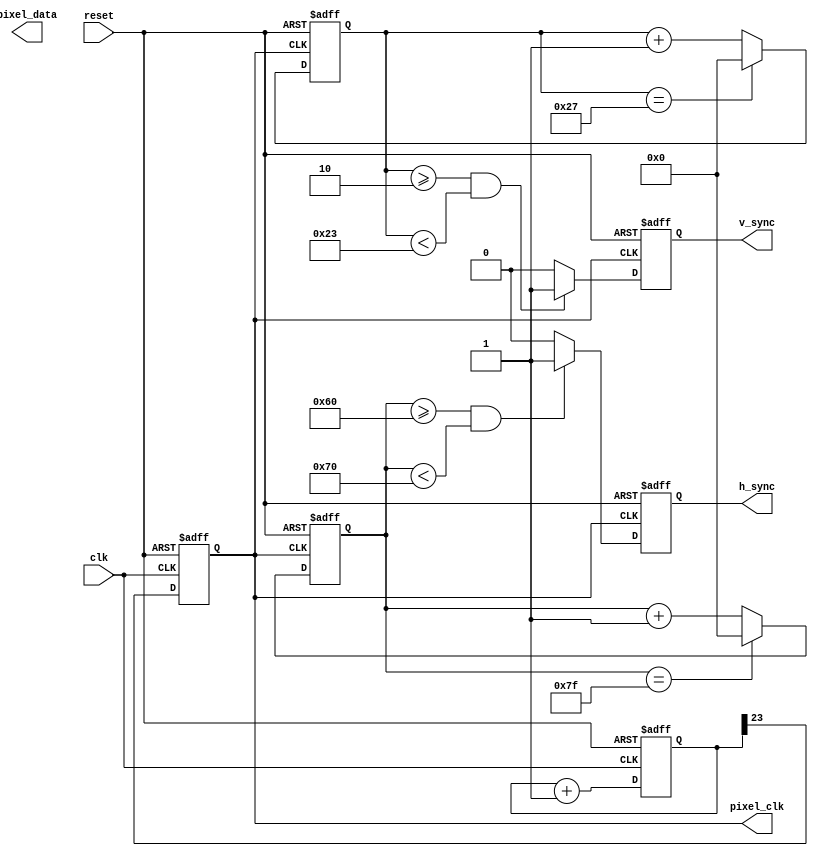
module vga_controller(
    input wire clk,        // 50 MHz clock
    input wire reset,      // Reset signal

    output wire h_sync,    // Horizontal sync signal
    output wire v_sync,    // Vertical sync signal
    output wire pixel_clk, // Pixel clock signal

    output wire [7:0] pixel_data // 8-bit pixel data for display
);

// Pixel clock generation
reg [23:0] pixel_counter;
always @(posedge clk or posedge reset) begin
    if (reset) begin
        pixel_counter <= 0;
        pixel_clk <= 0;
    end else begin
        pixel_counter <= pixel_counter + 1;
        pixel_clk <= pixel_counter[23];
    end
end

// Horizontal sync generation
reg [10:0] h_sync_counter;
always @(posedge pixel_clk or posedge reset) begin
    if (reset) begin
        h_sync_counter <= 0;
        h_sync <= 0;
    end else begin
        if (h_sync_counter >= 96 && h_sync_counter < 112) begin
            h_sync <= 1;
        end else begin
            h_sync <= 0;
        end
        
        if (h_sync_counter == 127) begin
            h_sync_counter <= 0;
        end else begin
            h_sync_counter <= h_sync_counter + 1;
        end
    end
end

// Vertical sync generation
reg [10:0] v_sync_counter;
always @(posedge pixel_clk or posedge reset) begin
    if (reset) begin
        v_sync_counter <= 0;
        v_sync <= 0;
    end else begin
        if (v_sync_counter >=  2 && v_sync_counter < 35) begin
            v_sync <= 1;
        end else begin
            v_sync <= 0;
        end
        
        if (v_sync_counter == 39) begin
            v_sync_counter <= 0;
        end else begin
            v_sync_counter <= v_sync_counter + 1;
        end
    end
end

// Module for storing and outputting pixel data
reg [7:0] pixel_data_reg;

// Add color generation and palette selection modules here

assign pixel_data = pixel_data_reg;

// Additional code for driving the VGA display

endmodule